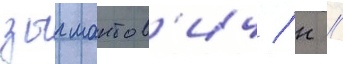
зыгмантов'ич / н //